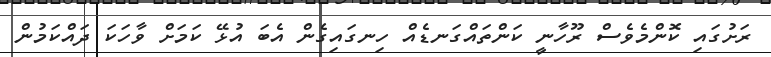
ރަށުގައި ކޮންމެވެސް ރޫހާނީ ކަންތައްގަނޑެއް ހިނގައިގެން އެބަ އުޅޭ ކަމަށް ވާހަކަ ދައްކަމުން